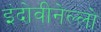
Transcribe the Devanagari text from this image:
इंदोवीनेल्लो